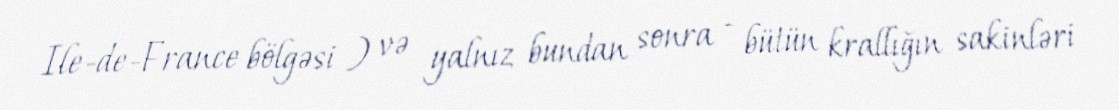
Ile-de-France bölgəsi ) və yalnız bundan sonra - bütün krallığın sakinləri